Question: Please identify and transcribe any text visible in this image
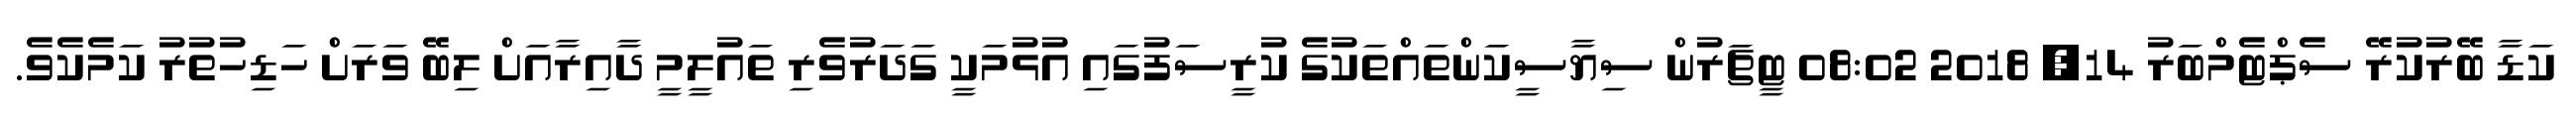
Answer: ކަޑާ ބޭރުކުރޭ ސެޕްޓެމްބަރު 14, 2018 08:02 ޓީޗަރުން ސިޔާސީކަންތައްތަކުގެ ކުރީސަފުގައި އުޅުމަކީ ގަދަރުވެރި ތައުލީމީ ދާއިރާއަށް ލިބޭ ވަރަށް ހަޑިހުތުރު ކަމެކެވެ.